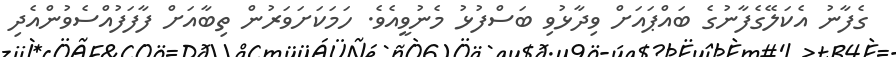
ގެފާނު އެކަލޭގެފާނުގެ ބައްޕައަށް ވިދާޅުވި ބަސްފުޅު މެނުވީއެވެ. ހަމަކަށަވަރުން ތިބާއަށް ފާފަފުއްސެވުންއެދި